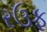
રઉફ